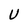
Character: U